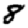
Digit: 8